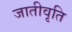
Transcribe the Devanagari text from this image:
जातीवृति